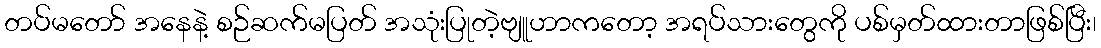
တပ်မတော် အနေနဲ့ စဉ်ဆက်မပြတ် အသုံးပြုတဲ့ဗျူဟာကတော့ အရပ်သားတွေကို ပစ်မှတ်ထားတာဖြစ်ပြီး၊